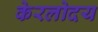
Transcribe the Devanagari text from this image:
केरलोदय